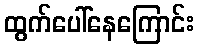
ထွက်ပေါ်နေကြောင်း